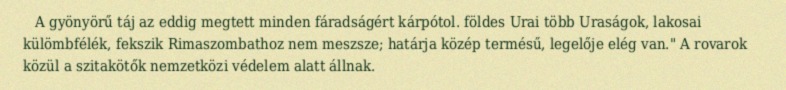
A gyönyörű táj az eddig megtett minden fáradságért kárpótol. földes Urai több Uraságok, lakosai külömbfélék, fekszik Rimaszombathoz nem meszsze; határja közép termésű, legelője elég van." A rovarok közül a szitakötők nemzetközi védelem alatt állnak.